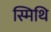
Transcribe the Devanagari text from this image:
स्मिथि